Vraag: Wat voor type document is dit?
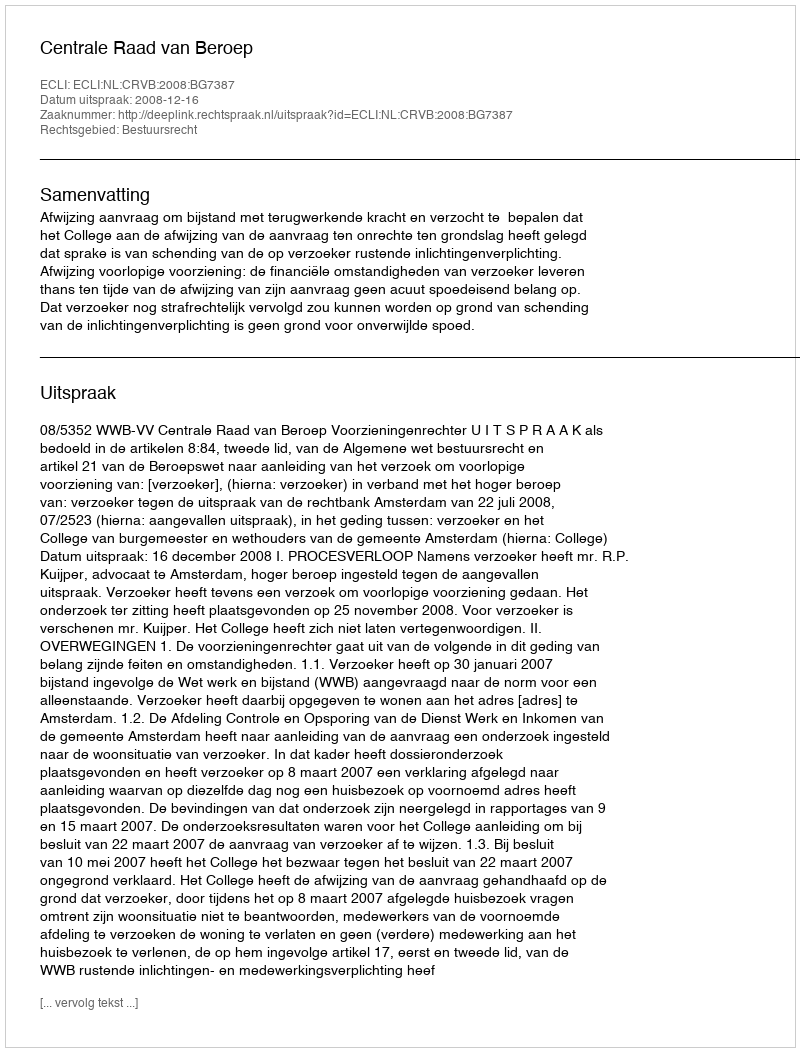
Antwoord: Uitspraak